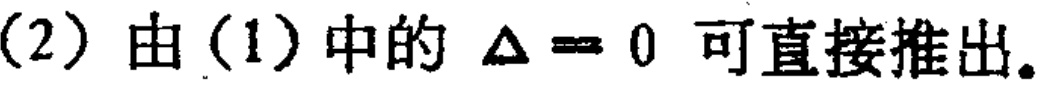
(2) 由(1)中的 $\Delta = 0$ 可直接推出。